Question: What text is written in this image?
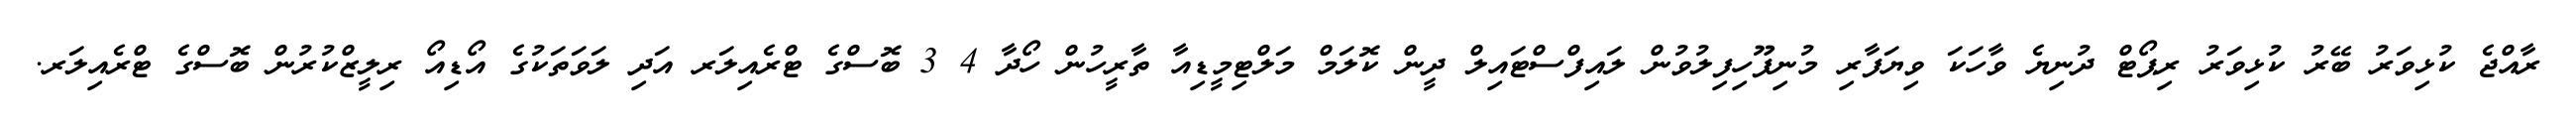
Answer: ރާއްޖެ ކުޅިވަރު ބޭރު ކުޅިވަރު ރިޕޯޓް ދުނިޔެ ވާހަކަ ވިޔަފާރި މުނިފޫހިފިލުވުން ލައިފްސްޓައިލް ދީން ކޮލަމް މަލްޓިމީޑިއާ ތާރީހުން ހޯދާ 4 3 ބޮސްގެ ޓްރެއިލަރ އަދި ލަވަތަކުގެ އޯޑިއޯ ރިލީޒްކުރުން ބޮސްގެ ޓްރެއިލަރ.